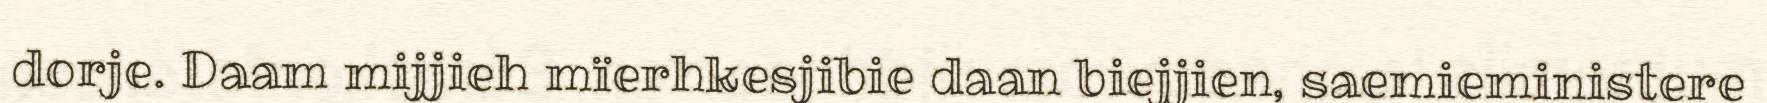
dorje. Daam mijjieh mïerhkesjibie daan biejjien, saemieministere